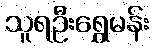
သူရဦးရွှေမန်း